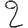
Digit: 2